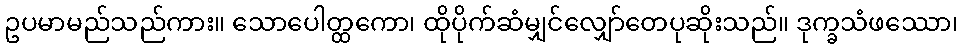
ဥပမာမည်သည်ကား။ သောပေါတ္ထကော၊ ထိုပိုက်ဆံမျှင်လျှော်တေပုဆိုးသည်။ ဒုက္ခသံဖဿော၊